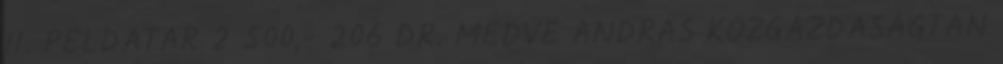
II. PÉLDATÁR 2 500,- 206 DR. MEDVE ANDRÁS KÖZGAZDASÁGTAN